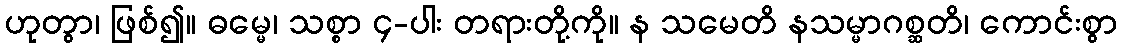
ဟုတွာ၊ ဖြစ်၍။ ဓမ္မေ၊ သစ္စာ ၄-ပါး တရားတို့ကို။ န သမေတိ နသမ္မာဂစ္ဆတိ၊ ကောင်းစွာ